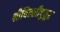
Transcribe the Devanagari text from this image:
श्रीविल्लीपुतुर